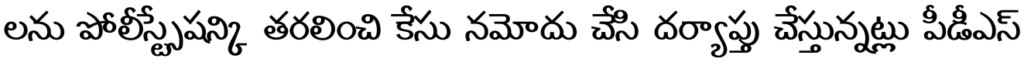
లను పోలీస్స్టేషన్కి తరలించి కేసు నమోదు చేసి దర్యాప్తు చేస్తున్నట్లు పీడీఎస్